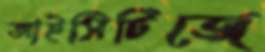
আইসিটিজে